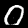
Digit: 0